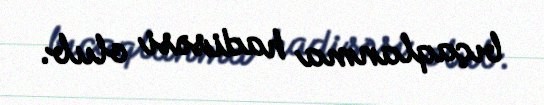
bıçaqlanma hadisəsi olub.